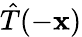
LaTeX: {\hat{T}}(-\mathbf{x})